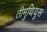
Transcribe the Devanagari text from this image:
तीमुथियुस